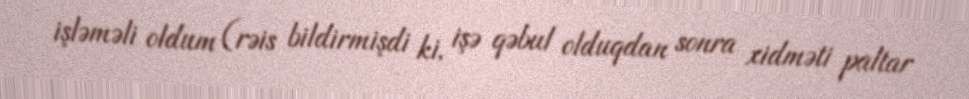
işləməli oldum (rəis bildirmişdi ki, işə qəbul olduqdan sonra xidməti paltar